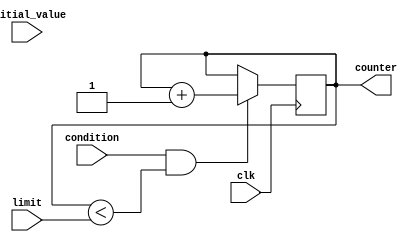
module decremental_for_loop (
    input initial_value,
    input limit,
    input condition,
    input clk,
    output reg counter
);

always @(posedge clk) begin
    if (condition && counter < limit) begin
        initial_value <= initial_value - 1;
        counter <= counter + 1;
    end
end

endmodule